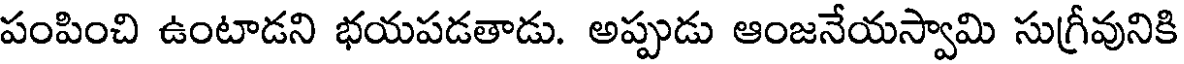
పంపించి ఉంటాడని భయపడతాడు. అప్పుడు ఆంజనేయస్వామి సుగ్రీవునికి